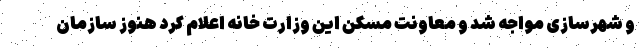
و شهرسازی مواجه شد و معاونت مسکن این وزارت خانه اعلام کرد هنوز سازمان